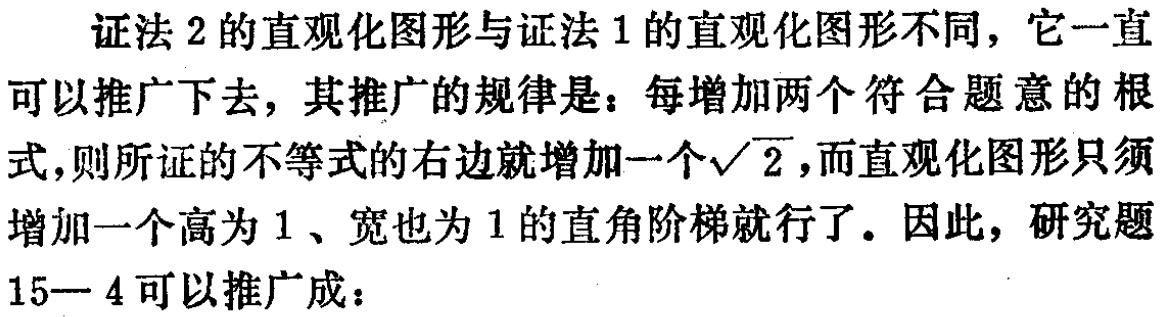
证法 2 的直观化图形与证法 1 的直观化图形不同，它一直可以推广下去，其推广的规律是：每增加两个符合题意的根式，则所证的不等式的右边就增加一个\(\sqrt{2}\)，而直观化图形只须增加一个高为 1、宽也为 1 的直角阶梯就行了。因此，研究题 15—4 可以推广成：